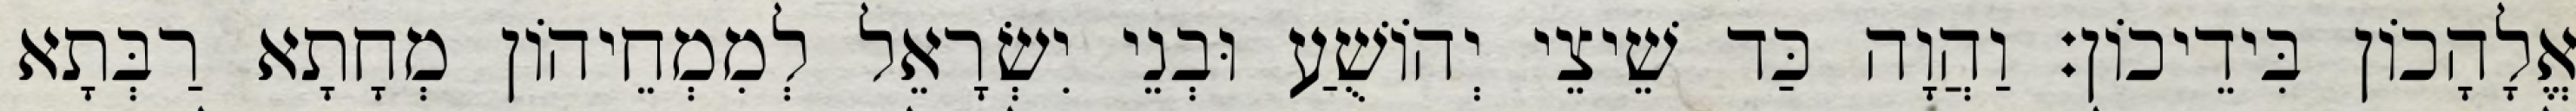
אֱלָהָכוֹן בִּידֵיכוֹן׃ וַהֲוָה כַּד שֵׁיצֵי יְהוֹשֻׁעַ וּבְנֵי יִשְׂרָאֵל לְמִמְחֵיהוֹן מְחָתָא רַבְּתָא